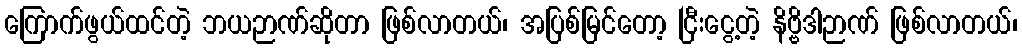
ကြောက်ဖွယ်ထင်တဲ့ ဘယဉာဏ်ဆိုတာ ဖြစ်လာတယ်၊ အပြစ်မြင်တော့ ငြီးငွေ့တဲ့ နိဗ္ဗိဒါဉာဏ် ဖြစ်လာတယ်၊